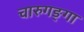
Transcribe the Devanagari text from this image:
चारुगङ्गा